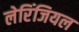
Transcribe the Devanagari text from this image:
लेरिंजियल